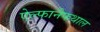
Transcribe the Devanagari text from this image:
ऐल्फानैफथाल